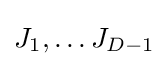
J_{1},\ldots J_{D-1}